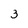
Character: 3